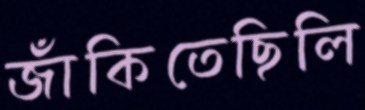
জাঁকিতেছিলি